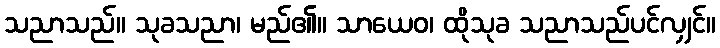
သညာသည်။ သုခသညာ၊ မည်၏။ သာယေဝ၊ ထိုသုခ သညာသည်ပင်လျှင်။